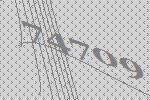
74709